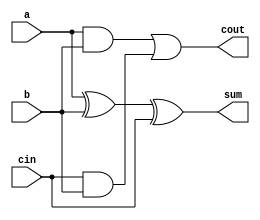
module full_adder4(a,b,cin,sum,cout);
input a,b,cin;
output sum,cout;
assign sum = a^b^cin;
assign cout = a&b|cin&(1'b0|b); 
// initial begin
//     $display("The incorrect adder with or0 having in1/0");
// end   
endmodule